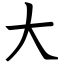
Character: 大